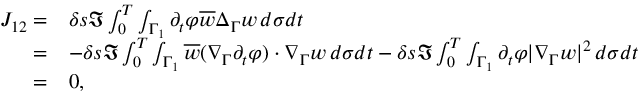
\begin{array} { r l } { J _ { 1 2 } = } & { \delta s \Im \int _ { 0 } ^ { T } \int _ { \Gamma _ { 1 } } \partial _ { t } \varphi \overline { { w } } \Delta _ { \Gamma } w \, d \sigma d t } \\ { = } & { - \delta s \Im \int _ { 0 } ^ { T } \int _ { \Gamma _ { 1 } } \overline { { w } } ( \nabla _ { \Gamma } \partial _ { t } \varphi ) \cdot \nabla _ { \Gamma } w \, d \sigma d t - \delta s \Im \int _ { 0 } ^ { T } \int _ { \Gamma _ { 1 } } \partial _ { t } \varphi | \nabla _ { \Gamma } w | ^ { 2 } \, d \sigma d t } \\ { = } & { 0 , } \end{array}